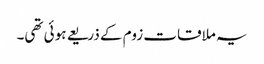
یہ ملاقات زوم کے ذریعے ہوئی تھی۔